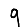
Digit: 9